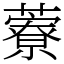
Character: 藔